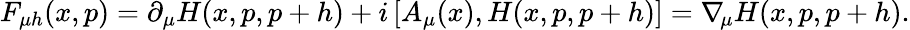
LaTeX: F_{\mu h}(x,p)=\partial_{\mu}H(x,p,p+h)+i\, [A_{\mu}(x),H(x,p,p+h)]=\nabla\! _{\mu}H(x,p,p+h).